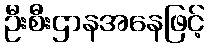
ဦးစီးဌာနအနေဖြင့်